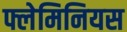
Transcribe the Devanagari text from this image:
फ्लेमिनियस